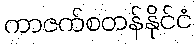
ကာဇက်စတန်နိုင်ငံ